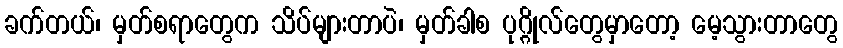
ခက်တယ်၊ မှတ်စရာတွေက သိပ်များတာပဲ၊ မှတ်ခါစ ပုဂ္ဂိုလ်တွေမှာတော့ မေ့သွားတာတွေ